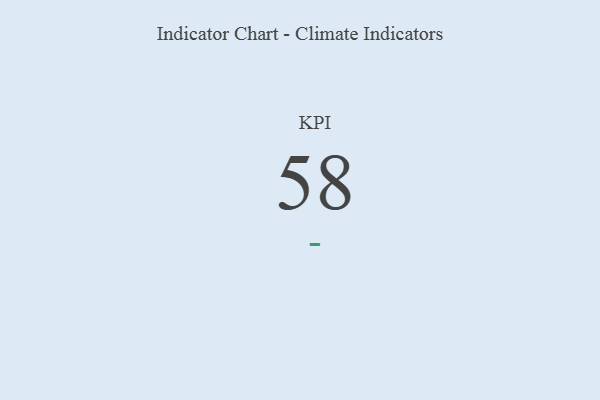
{"axis": {"x": "KPI", "y": "Value"}, "legend": [""], "data": [{"x": "KPI", "y": 58, "type": ""}]}